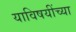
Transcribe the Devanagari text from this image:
याविषयींच्या